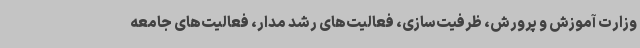
وزارت آموزش و پرورش، ظرفیت‌سازی، فعالیت‌های رشد مدار، فعالیت‌های جامعه